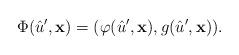
LaTeX: \begin{align*}\Phi(\hat u',{\bf x}) = (\varphi(\hat u',{\bf x}),g(\hat u',{\bf x})).\end{align*}